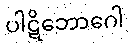
ပါဋိဘောဂေါ